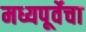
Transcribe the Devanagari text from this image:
मध्यपूर्वेचा